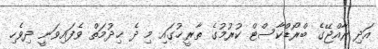
އަދި ރާއްޖޭގެ ބްރޯޑްކާސްޓް ކުރުމުގެ ތާރީޚުގައި މި ދެ ޚިދުމަތް ވެފައިވަނީ ދިވެހި